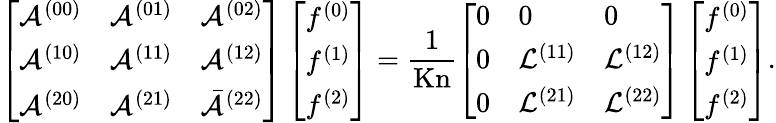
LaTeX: \left[\begin{array}{lll}{\mathcal{A}^{(00)}}&{\mathcal{A}^{(01)}}&{\mathcal{A}^{(02)}}\\ {\mathcal{A}^{(10)}}&{\mathcal{A}^{(11)}}&{\mathcal{A}^{(12)}}\\ {\mathcal{A}^{(20)}}&{\mathcal{A}^{(21)}}&{\bar{\mathcal{A}}^{(22)}}\end{array}\right]\left[\begin{array}{l}{f^{(0)}}\\ {f^{(1)}}\\ {f^{(2)}}\end{array}\right]=\frac{1}{\mathrm{Kn}}\left[\begin{array}{lll}{0}&{0}&{0}\\ {0}&{\mathcal{L}^{(11)}}&{\mathcal{L}^{(12)}}\\ {0}&{\mathcal{L}^{(21)}}&{\mathcal{L}^{(22)}}\end{array}\right]\left[\begin{array}{l}{f^{(0)}}\\ {f^{(1)}}\\ {f^{(2)}}\end{array}\right].